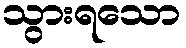
သွားရသော